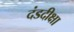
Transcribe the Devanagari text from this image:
दंडदीक्षा